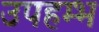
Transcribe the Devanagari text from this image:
उपहम्भ